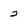
Character: 2